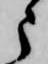
う